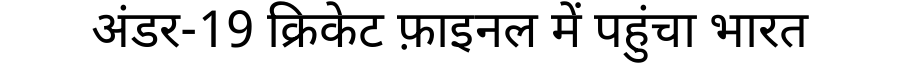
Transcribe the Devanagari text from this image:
अंडर-19 क्रिकेट फ़ाइनल में पहुंचा भारत